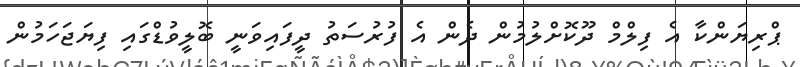
ޕްރިޔަންކާ އެ ފިލްމް ދޫކޮށްލުމުން ދެން އެ ފުރުސަތު ދީފައިވަނީ ބޮލީވުޑްގައި ފިޔަޖަހަމުން